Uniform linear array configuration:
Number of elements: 4
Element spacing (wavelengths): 1
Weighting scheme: uniform
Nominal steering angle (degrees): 0
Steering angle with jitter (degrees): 0.8747
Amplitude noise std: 0.05
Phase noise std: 0.05

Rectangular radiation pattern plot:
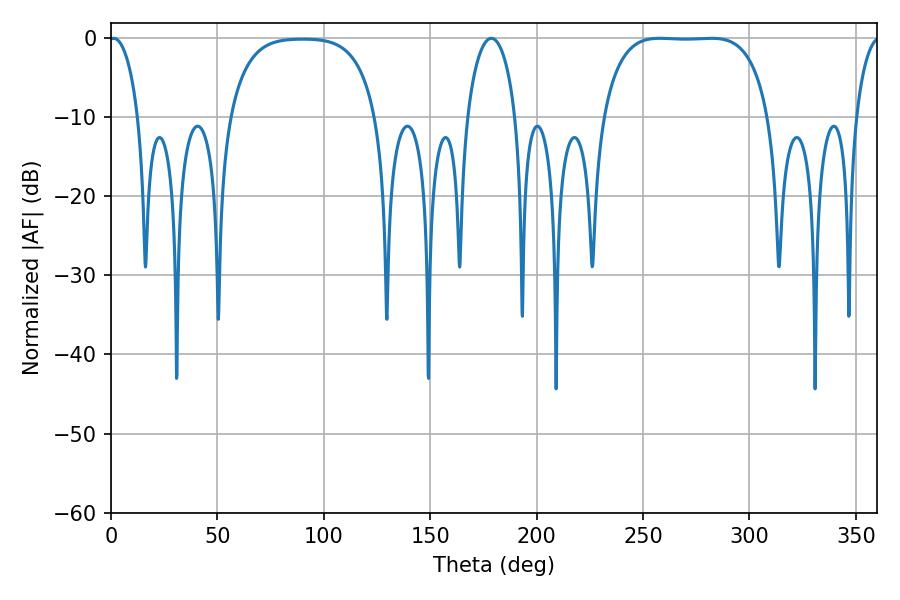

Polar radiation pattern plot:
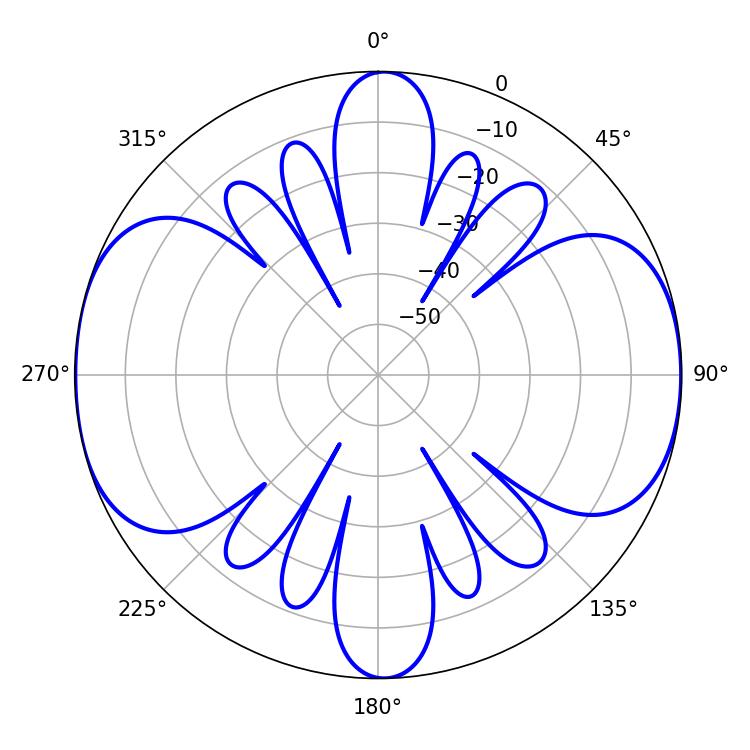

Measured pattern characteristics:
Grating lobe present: TRUE
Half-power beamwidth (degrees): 60.84
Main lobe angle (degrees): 257.94